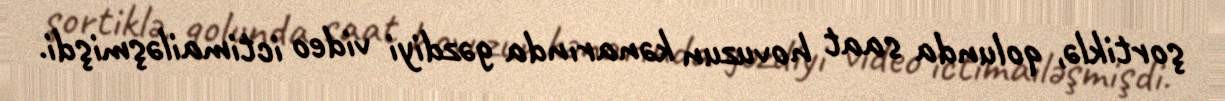
şortiklə, qolunda saat hovuzun kənarında gəzdiyi video ictimailəşmişdi.